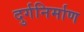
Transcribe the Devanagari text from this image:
दुर्गनिर्माण